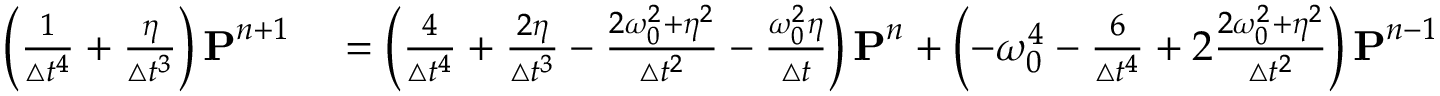
\begin{array} { r l } { \left( \frac { 1 } { \boldsymbol { \triangle } t ^ { 4 } } + \frac { \eta } { \boldsymbol { \triangle } t ^ { 3 } } \right) \boldsymbol { \mathbf { P } } ^ { n + 1 } } & { { } = \left( \frac { 4 } { \boldsymbol { \triangle } t ^ { 4 } } + \frac { 2 \eta } { \boldsymbol { \triangle } t ^ { 3 } } - \frac { 2 \omega _ { 0 } ^ { 2 } + \eta ^ { 2 } } { \boldsymbol { \triangle } t ^ { 2 } } - \frac { \omega _ { 0 } ^ { 2 } \eta } { \boldsymbol { \triangle } t } \right) \boldsymbol { \mathbf { P } } ^ { n } + \left( - \omega _ { 0 } ^ { 4 } - \frac { 6 } { \boldsymbol { \triangle } t ^ { 4 } } + 2 \frac { 2 \omega _ { 0 } ^ { 2 } + \eta ^ { 2 } } { \boldsymbol { \triangle } t ^ { 2 } } \right) \boldsymbol { \mathbf { P } } ^ { n - 1 } } \end{array}